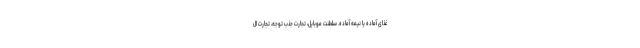
غذای آماده یا نیمه‌ آماده. سلطنت موبایل، تجارت جذب توجه، تجارت ال